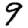
Digit: 9